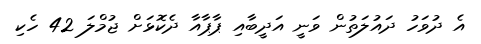
އެ ދުވަހު ދައުލަތުން ވަނީ އަދީބާއި ޕާޕާއާ ދެކޮޅަށް ޖުމްލަ 42 ހެކި